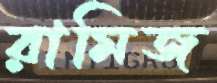
রামিজ